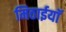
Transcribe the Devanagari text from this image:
मिठाईयाॅ